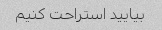
بیایید استراحت کنیم